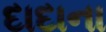
દાદાના